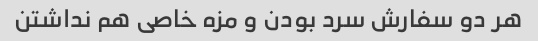
هر دو سفارش سرد بودن و مزه خاصی هم نداشتن